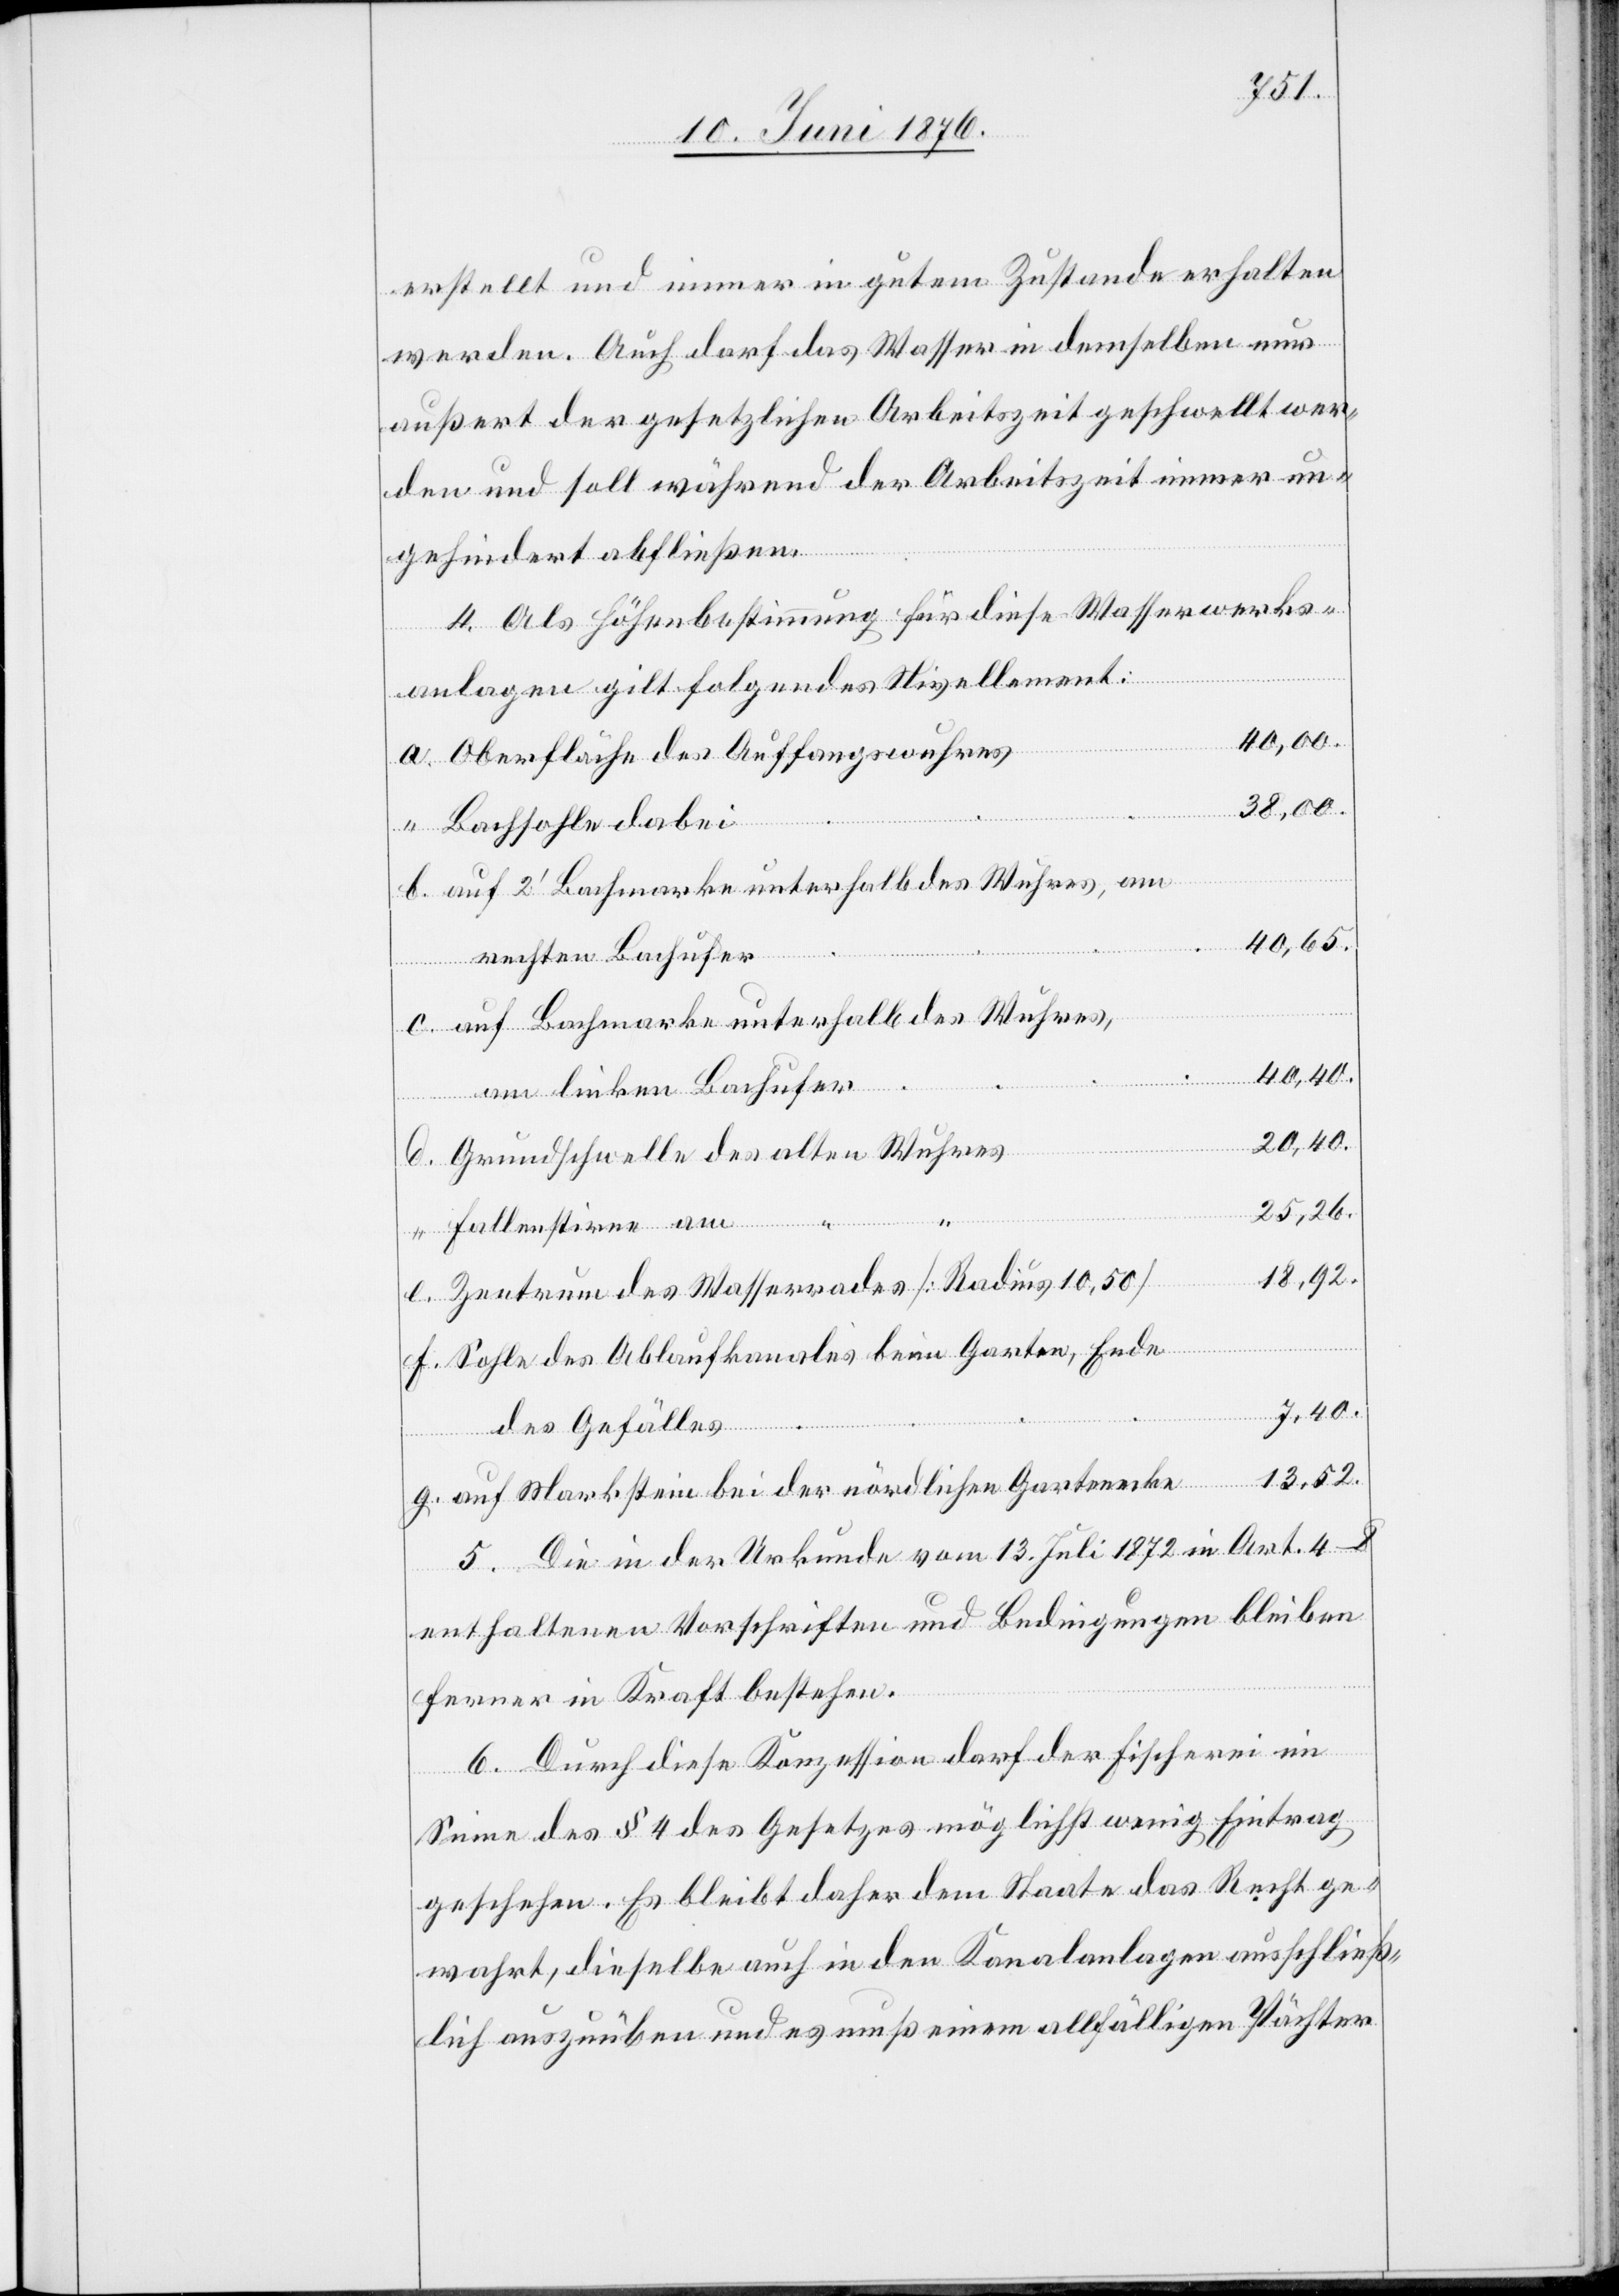
erstellt und immer in gutem Zustande erhalten
werden. auch darf das Wasser in demselben nur
außert der gesetzlichen Arbeitszeit geschwellt wer¬
den und soll während der Arbeitszeit immer un¬
e.
gehindert abfließen.
4. Als Höhenbestimmung für diese Wasserwerks¬
anlagen gilt folgendes Nivellement:
40,00.
Oberfläche des Auffangswuhres
38,00.
Bachsohle dabei
auf 2‘ Bachmarke unterhalb des Weihers, am
40,65.
rechten Bachufer
auf Bachmarke unterhalb des Wuhres,
40,40.
g.
am linken Bachufer
20,40.
Grundschwelle des alten Wuhres
25,26.
Fallenstirne am “
18,92.
Zentren des Wasserrades [Radius 10,50]
Sohle des Ablaufkanales beim Garten, Ende
7,40.
des Gefälles
13,52.
auf Markstein bei der nördlichen Gartenecke
5. Die in der Urkunde vom 13. Juli 1872 in Art. 4–8
enthaltenen Vorschriften und Bedingungen bleiben
ferner in Kraft bestehen.
6. Durch diese Konzession darf der Fischerei im
Sinne des § 4 des Gesetzes möglichste wenig Eintrag
geschehen. Es bleibt daher dem Staate das Recht ge¬
wahrt, dieselbe auch in den Kanalanlagen ausschließ¬
lich auszuüben und es muß einen allfälligen Pächter